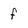
Character: f